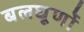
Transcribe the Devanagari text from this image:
बलघूर्णो